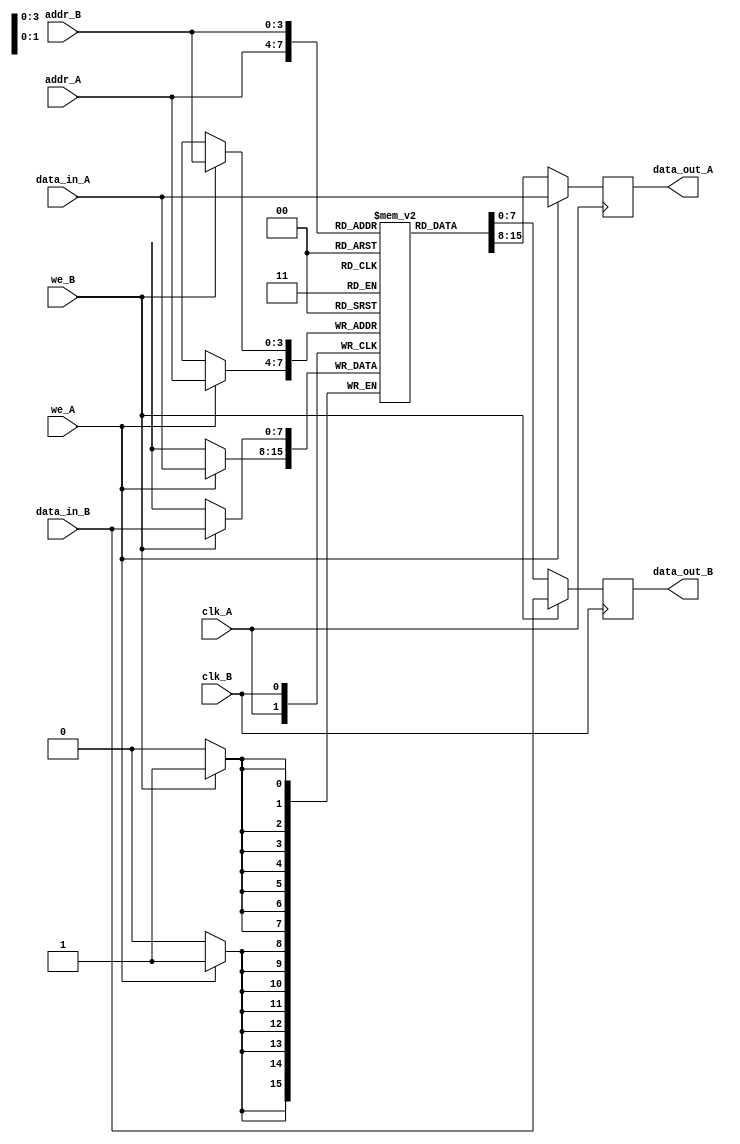
module dual_port_ram_asynchronous_behavioral(
    input  clk_A,                                       // Clock A
    input  clk_B,                                       // Clock B
    // PORT A
    input  we_A,                                        // Write enable
    input  [ADDR_WIDTH-1:0] addr_A,                     // Address
    input  [DATA_WIDTH-1:0] data_in_A,                  // Data to write
    output reg [DATA_WIDTH-1:0] data_out_A,             // Data to read
    // PORT B
    input  we_B,                                        // Write enable
    input  [ADDR_WIDTH-1:0] addr_B,                     // Address
    input  [DATA_WIDTH-1:0] data_in_B,                  // Data to write
    output reg [DATA_WIDTH-1:0] data_out_B);            // Data to read

    // PARAMETERS
    parameter DATA_WIDTH = 8;
    parameter ADDR_WIDTH = 4;
    parameter MEM_DEPTH = 16;

    // DATA TYPES
    reg [DATA_WIDTH-1:0] mem [0:MEM_DEPTH-1];           // RAM (16x8)

    // PORT A
    // ALWAYS BLOCK with NON-BLOCKING PROCEDURAL ASSIGNMENT STATEMENT
    always @(posedge clk_A) begin
        // WRITE (DATA PASS)
        if (we_A) begin
            mem[addr_A] <= data_in_A;
            data_out_A <= data_in_A;
        // READ
        end else begin
            data_out_A <= mem[addr_A];
        end
    end

    // PORT B - HAS PRECEDENCE FOR WRITE
    // ALWAYS BLOCK with NON-BLOCKING PROCEDURAL ASSIGNMENT STATEMENT
    always @(posedge clk_B) begin
        //WRITE (DATA PASS)
        if (we_B) begin
            mem[addr_B] <= data_in_B;
            data_out_B <= data_in_B;
        //READ
        end else begin
            data_out_B <= mem[addr_B];
        end
    end

endmodule